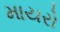
માયરો